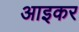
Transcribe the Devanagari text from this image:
आइकर